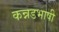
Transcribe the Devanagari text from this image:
कन्नडभाषी